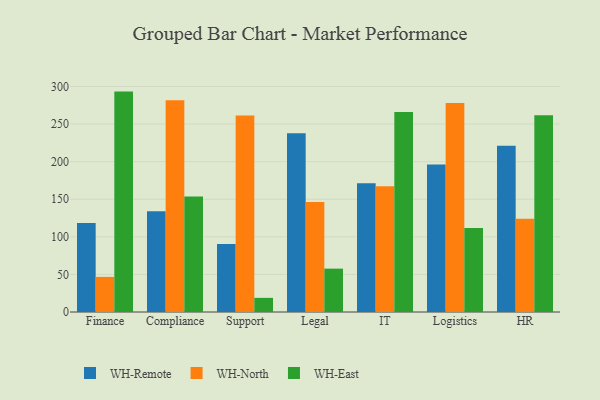
{"axis": {"x": "Department", "y": "Operating Costs (USD K)"}, "legend": ["WH-East", "WH-North", "WH-Remote"], "data": [{"x": "Finance", "y": 118.4, "type": "WH-Remote"}, {"x": "Finance", "y": 46.7, "type": "WH-North"}, {"x": "Finance", "y": 293.2, "type": "WH-East"}, {"x": "Compliance", "y": 134.1, "type": "WH-Remote"}, {"x": "Compliance", "y": 281.6, "type": "WH-North"}, {"x": "Compliance", "y": 153.8, "type": "WH-East"}, {"x": "Support", "y": 90.5, "type": "WH-Remote"}, {"x": "Support", "y": 261.3, "type": "WH-North"}, {"x": "Support", "y": 18.8, "type": "WH-East"}, {"x": "Legal", "y": 237.8, "type": "WH-Remote"}, {"x": "Legal", "y": 146.5, "type": "WH-North"}, {"x": "Legal", "y": 57.7, "type": "WH-East"}, {"x": "IT", "y": 171.3, "type": "WH-Remote"}, {"x": "IT", "y": 167.4, "type": "WH-North"}, {"x": "IT", "y": 266.0, "type": "WH-East"}, {"x": "Logistics", "y": 196.2, "type": "WH-Remote"}, {"x": "Logistics", "y": 278.2, "type": "WH-North"}, {"x": "Logistics", "y": 111.7, "type": "WH-East"}, {"x": "HR", "y": 221.3, "type": "WH-Remote"}, {"x": "HR", "y": 124.2, "type": "WH-North"}, {"x": "HR", "y": 261.6, "type": "WH-East"}]}